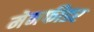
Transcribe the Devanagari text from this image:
मेनफीडर